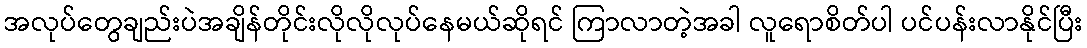
အလုပ်တွေချည်းပဲအချိန်တိုင်းလိုလိုလုပ်နေမယ်ဆိုရင် ကြာလာတဲ့အခါ လူရောစိတ်ပါ ပင်ပန်းလာနိုင်ပြီး